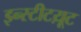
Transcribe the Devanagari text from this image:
इन्स्टीटय़ूट